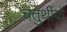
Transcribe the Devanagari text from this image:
चतुर्थीयों